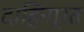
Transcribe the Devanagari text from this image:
दाहिना्रत